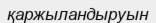
қаржыландыруын